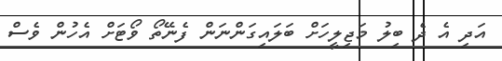
އަދި އެ ދެ ބިލު މަޖިލީހަށް ބަލައިގަންނަން ފެނޭތޯ ވޯޓަށް އެހުން ވެސް